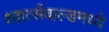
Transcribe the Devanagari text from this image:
श्वार्त्सवाल्डमध्ये